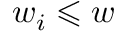
w _ { i } \leqslant w